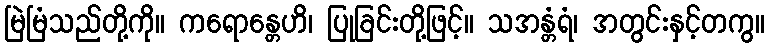
မြဲမြံသည်တို့ကို။ ကရောန္တေဟိ၊ ပြုခြင်းတို့ဖြင့်။ သအန္တံရံ၊ အတွင်းနှင့်တကွ။